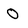
Character: 0